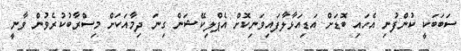
ސަބަބަކީ ކުންފުނި އެހައި ބޮޑަށް އަޑިއަޅާލާފައިވަނިކޮށް އެޕްލިކޭޝަން ގިނަ ދިމާއަކަށް މިސްރާބުކުރެވުން ވާނީ